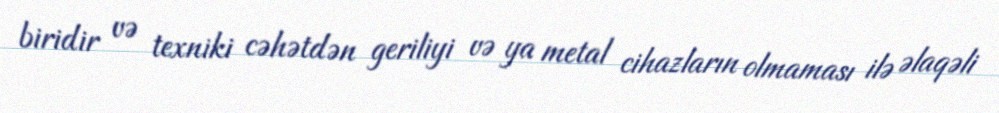
biridir və texniki cəhətdən geriliyi və ya metal cihazların olmaması ilə əlaqəli